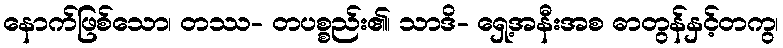
နောက်ဖြစ်သော၊ တဿ- တပစ္စည်း၏၊ သာဒိ- ရှေ့အနီးအစ ဓာတွန်နှင့်တကွ၊